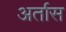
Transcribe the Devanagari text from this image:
अर्तास